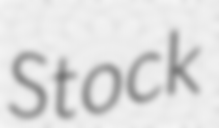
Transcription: Stock